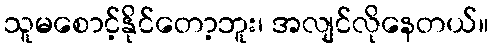
သူမစောင့်နိုင်တော့ဘူး၊ အလျင်လိုနေတယ်။